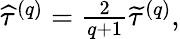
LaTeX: \begin{array}{r}{\widehat{\tau}^{\left(q\right)}=\frac{2}{q+1}\widetilde{\tau}^{\left(q\right)},}\end{array}